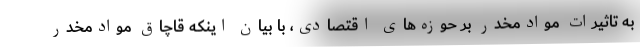
به تاثیرات موادمخدر بر حوزه‌های اقتصادی، با بیان اینکه قاچاق موادمخدر